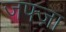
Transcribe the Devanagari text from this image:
जफ्ज़ा